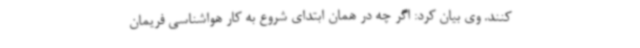
کنند. وی بیان کرد: اگر چه در همان ابتدای شروع به کار هواشناسی فریمان